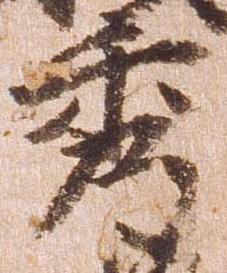
秀